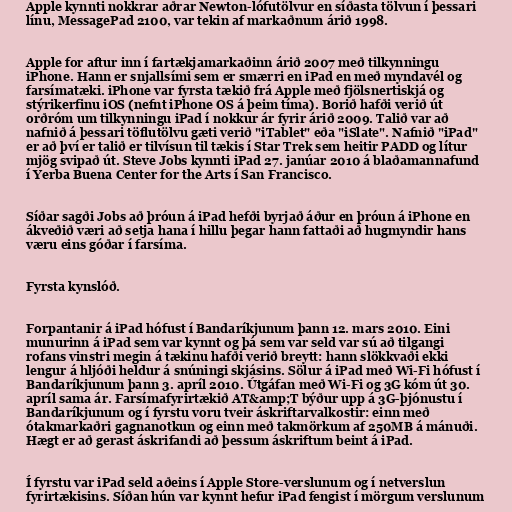
Apple kynnti nokkrar aðrar Newton-lófutölvur en síðasta tölvun í þessari
línu, MessagePad 2100, var tekin af markaðnum árið 1998.

Apple for aftur inn í fartækjamarkaðinn árið 2007 með tilkynningu
iPhone. Hann er snjallsími sem er smærri en iPad en með myndavél og
farsímatæki. iPhone var fyrsta tækið frá Apple með fjölsnertiskjá og
stýrikerfinu iOS (nefnt iPhone OS á þeim tíma). Borið hafði verið út
orðróm um tilkynningu iPad í nokkur ár fyrir árið 2009. Talið var að
nafnið á þessari töflutölvu gæti verið "iTablet" eða "iSlate". Nafnið "iPad"
er að því er talið er tilvísun til tækis í Star Trek sem heitir PADD og lítur
mjög svipað út. Steve Jobs kynnti iPad 27. janúar 2010 á blaðamannafund
í Yerba Buena Center for the Arts í San Francisco.

Síðar sagði Jobs að þróun á iPad hefði byrjað áður en þróun á iPhone en
ákveðið væri að setja hana í hillu þegar hann fattaði að hugmyndir hans
væru eins góðar í farsíma.

Fyrsta kynslóð.

Forpantanir á iPad hófust í Bandaríkjunum þann 12. mars 2010. Eini
munurinn á iPad sem var kynnt og þá sem var seld var sú að tilgangi
rofans vinstri megin á tækinu hafði verið breytt: hann slökkvaði ekki
lengur á hljóði heldur á snúningi skjásins. Sölur á iPad með Wi-Fi hófust í
Bandaríkjunum þann 3. apríl 2010. Útgáfan með Wi-Fi og 3G kóm út 30.
apríl sama ár. Farsímafyrirtækið AT&amp;T býður upp á 3G-þjónustu í
Bandaríkjunum og í fyrstu voru tveir áskriftarvalkostir: einn með
ótakmarkaðri gagnanotkun og einn með takmörkum af 250MB á mánuði.
Hægt er að gerast áskrifandi að þessum áskriftum beint á iPad.

Í fyrstu var iPad seld aðeins í Apple Store-verslunum og í netverslun
fyrirtækisins. Síðan hún var kynnt hefur iPad fengist í mörgum verslunum